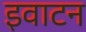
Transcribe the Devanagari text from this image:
इवाटन